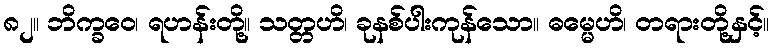
၈၂။ ဘိက္ခဝေ၊ ရဟန်းတို့။ သတ္တဟိ၊ ခုနစ်ပါးကုန်သော။ ဓမ္မေဟိ၊ တရားတို့နှင့်။